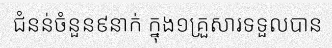
ជំនន់ចំនួន៩នាក់ ក្នុង១គ្រួសារទទួលបាន